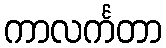
ကာလင်္ကတာ